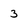
Character: 3